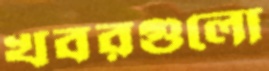
খবরগুলো